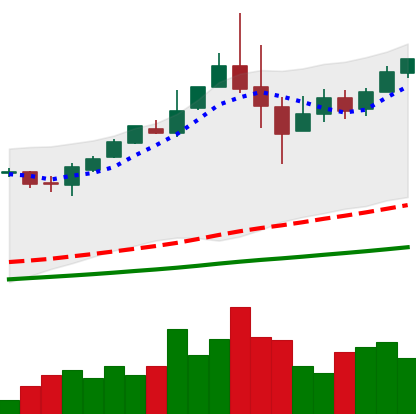
Ticker: BTC-USD
Chart end date: 2017-06-02
Forward return: 9.789%
Label: up_7plus